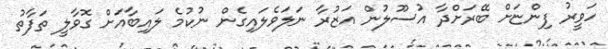
ހަވީރު ފިންޏަށް ބޭރަށްދާ އުސޫލުން އަޒުރާ ނަލަވެލައިގެން ނުކުމެ ލައިބާއަށް ގޮވާލީ ތަފާތު